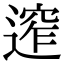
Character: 𨕠